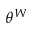
\theta ^ { W }